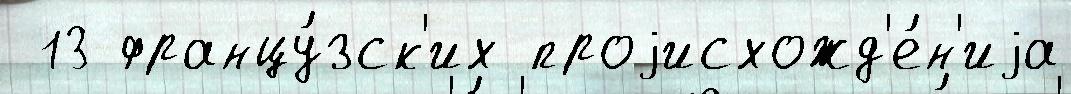
 13 францу́зск'их проjисхожд'е́н'иjа